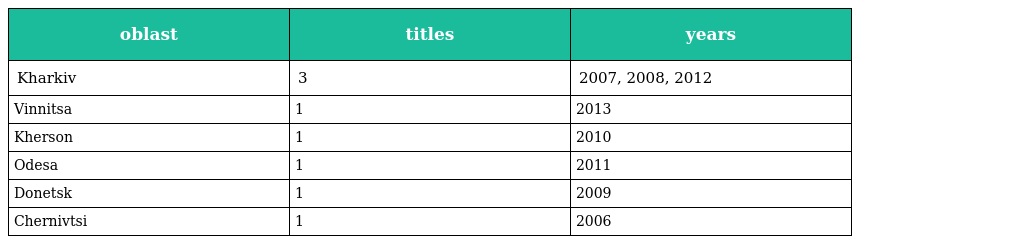
| oblast | titles | years |
 | --- | --- | --- |
 | Kharkiv | 3 | 2007, 2008, 2012 |
 | Vinnitsa | 1 | 2013 |
 | Kherson | 1 | 2010 |
 | Odesa | 1 | 2011 |
 | Donetsk | 1 | 2009 |
 | Chernivtsi | 1 | 2006 |